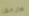
هارمون